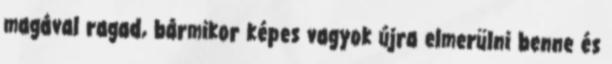
magával ragad, bármikor képes vagyok újra elmerülni benne és